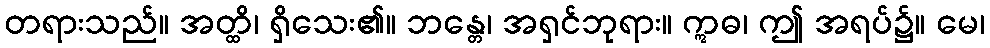
တရားသည်။ အတ္ထိ၊ ရှိသေး၏။ ဘန္တေ၊ အရှင်ဘုရား။ ဣဓ၊ ဤ အရပ်၌။ မေ၊